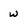
Character: w